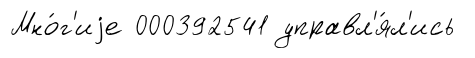
Мно́г'иjе 000392541 управл'я́л'ись